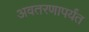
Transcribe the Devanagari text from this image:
अवतरणापर्यंत